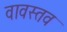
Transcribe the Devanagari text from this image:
वावस्तव